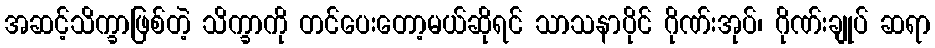
အဆင့်သိက္ခာဖြစ်တဲ့ သိက္ခာကို တင်ပေးတော့မယ်ဆိုရင် သာသနာပိုင် ဂိုဏ်းအုပ်၊ ဂိုဏ်းချုပ် ဆရာ